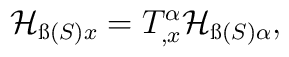
{\cal H}_{{\ss (S)}x}=T^\alpha_{,x} {\cal H}_{{\ss(S)}\alpha},